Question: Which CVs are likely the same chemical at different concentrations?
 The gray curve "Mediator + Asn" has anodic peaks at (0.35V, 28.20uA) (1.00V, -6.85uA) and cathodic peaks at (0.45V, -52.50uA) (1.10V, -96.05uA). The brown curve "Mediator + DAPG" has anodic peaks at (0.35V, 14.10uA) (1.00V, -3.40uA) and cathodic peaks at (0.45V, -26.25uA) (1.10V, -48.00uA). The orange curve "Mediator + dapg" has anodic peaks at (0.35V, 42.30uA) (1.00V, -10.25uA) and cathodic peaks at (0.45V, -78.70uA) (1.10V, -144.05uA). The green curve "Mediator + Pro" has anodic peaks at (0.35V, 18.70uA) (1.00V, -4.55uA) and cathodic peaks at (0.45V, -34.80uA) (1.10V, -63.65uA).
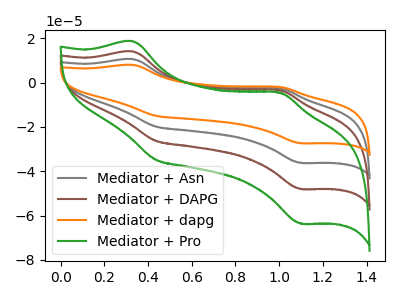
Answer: <think>All the peaks in "Mediator + Asn" have a peak in "Mediator + DAPG" at the same potential. All the peaks in "Mediator + Asn" have a peak in "Mediator + dapg" at the same potential. All the peaks in "Mediator + Asn" have a peak in "Mediator + Pro" at the same potential. All the peaks in "Mediator + DAPG" have a peak in "Mediator + dapg" at the same potential. All the peaks in "Mediator + DAPG" have a peak in "Mediator + Pro" at the same potential. All the peaks in "Mediator + dapg" have a peak in "Mediator + Pro" at the same potential.
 </think>
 <answer>"Mediator + Pro", "Mediator + Asn", "Mediator + DAPG" and "Mediator + dapg" have the same shape and are likely CV's of the same chemical.</answer>
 <eval>"Mediator + Pro" "Mediator + Asn" "Mediator + DAPG" "Mediator + dapg"</eval>